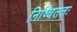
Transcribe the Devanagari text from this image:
निष्चिततः